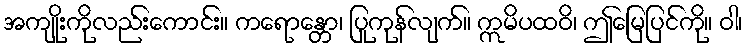
အကျိုးကိုလည်းကောင်း။ ကရောန္တော၊ ပြုကုန်လျက်။ ဣမိပထဝိ၊ ဤမြေပြင်ကို။ ဝါ၊